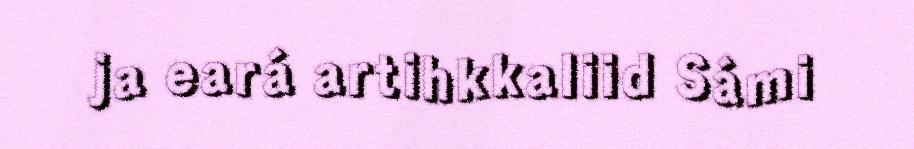
ja eará artihkkaliid Sámi